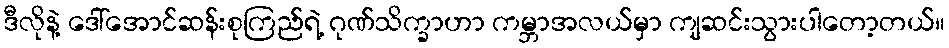
ဒီလိုနဲ့ ဒေါ်အောင်ဆန်းစုကြည်ရဲ့ ဂုဏ်သိက္ခာဟာ ကမ္ဘာအလယ်မှာ ကျဆင်းသွားပါတော့တယ်။